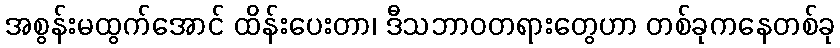
အစွန်းမထွက်အောင် ထိန်းပေးတာ၊ ဒီသဘာဝတရားတွေဟာ တစ်ခုကနေတစ်ခု